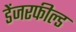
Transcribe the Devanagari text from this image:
डेंजरफील्ड